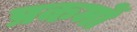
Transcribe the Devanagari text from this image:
प्रकमों